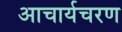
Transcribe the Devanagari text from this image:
आचार्यचरण